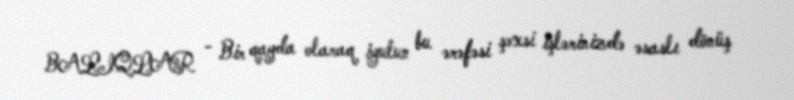
BALIQLAR - Bir qayda olaraq iyulun bu ərəfəsi şəxsi işlərinizdə əsaslı dönüş